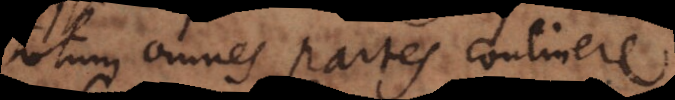
totum omnes partes continere.